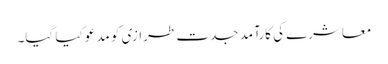
معاشرے کی کارآمد جدت طرازی کو مدعو کیا گیا۔